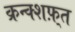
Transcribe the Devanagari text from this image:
क्रन्क्शफ़्त